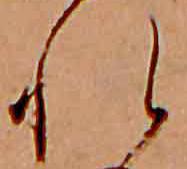
れ